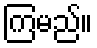
ကြမည်။